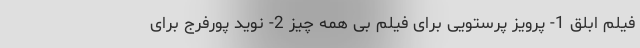
فیلم ابلق 1- پرویز پرستویی برای فیلم بی همه چیز 2- نوید پورفرج برای